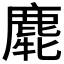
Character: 𪊯